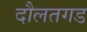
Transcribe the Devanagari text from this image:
दौलतगड